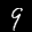
Label: 9